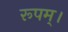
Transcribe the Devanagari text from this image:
रूपम्।